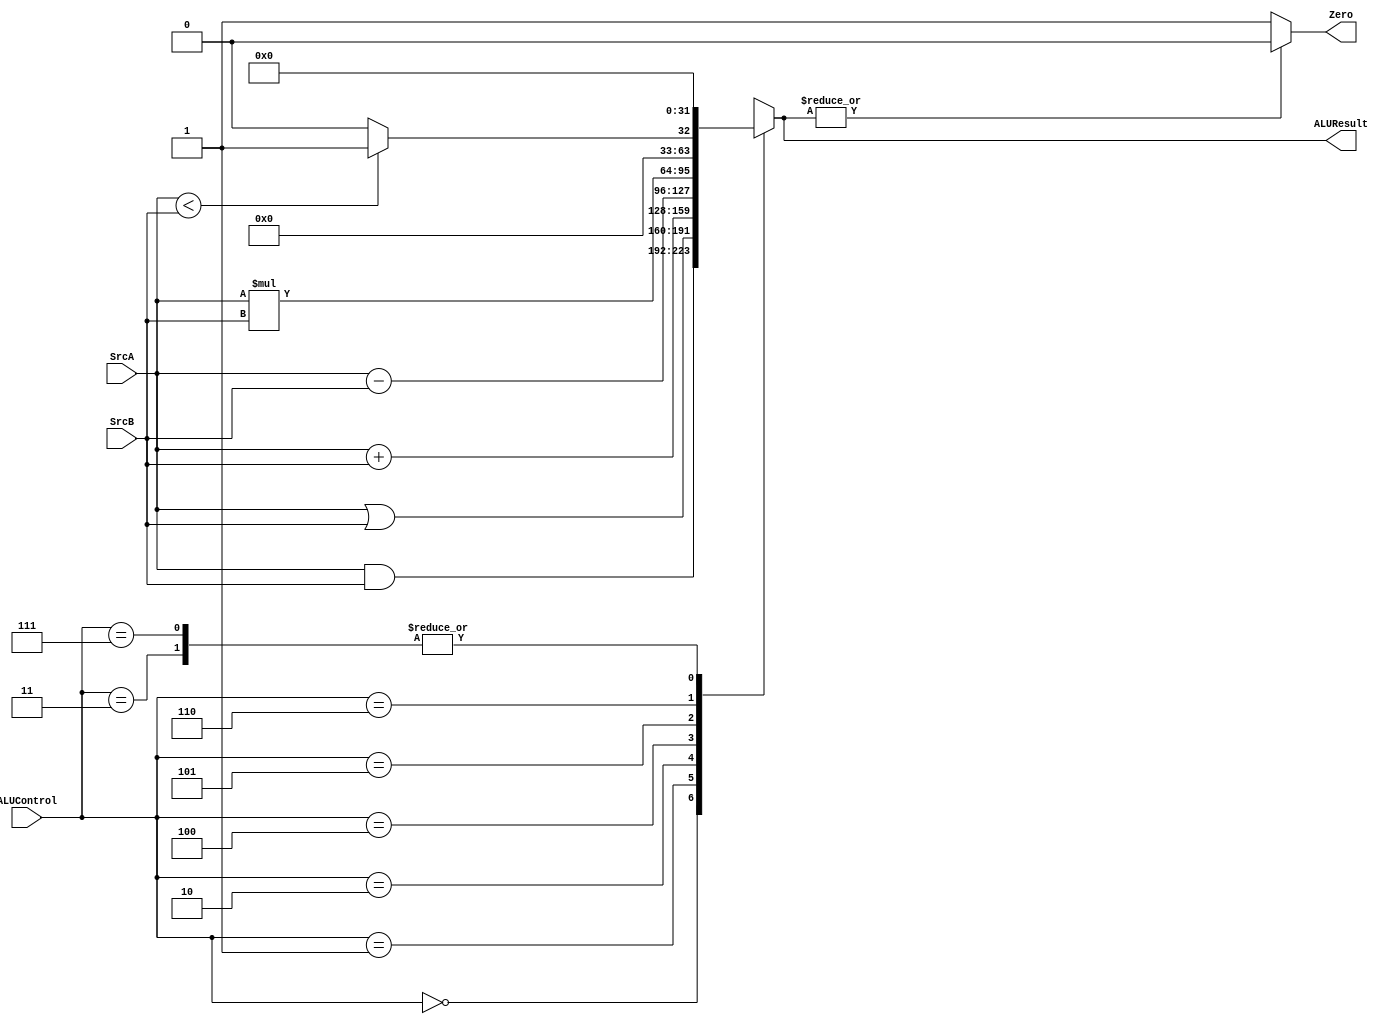
module ALU_32bit (
input wire [31:0]	SrcA,
input wire [31:0]	SrcB,
input wire 	[2:0]	ALUControl,

output reg [31:0]	ALUResult,
output wire			Zero
);
 
//RTL Code
always @(*)
 begin 
  case(ALUControl)
	3'b000 : begin
			    ALUResult = SrcA & SrcB;
			  end
	3'b001 : begin
			    ALUResult = SrcA | SrcB;
			  end
	3'b010 : begin
			    ALUResult = SrcA + SrcB;
			  end
	3'b011 : begin
				ALUResult = 32'b0;
			  end
	3'b100 : begin
			    ALUResult = SrcA - SrcB;
			  end
	3'b101 : begin
			    ALUResult = SrcA * SrcB;
			  end
	3'b110 : begin
			   if (SrcA < SrcB) begin
				ALUResult = 32'b1  ;
			   end else begin
				ALUResult = 32'b0  ;
			   end
			  end
	3'b111 :  begin
				ALUResult = 32'b0;
			  end
	default : begin
			   ALUResult = 32'b0;
			  end
   endcase
 end

 assign Zero = (~| ALUResult ) ? 1'b1 : 1'b0 ;
 
 endmodule